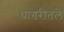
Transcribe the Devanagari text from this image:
घागरीतले